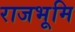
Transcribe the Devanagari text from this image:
राजभूमि